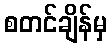
စတင်ချိန်မှ